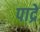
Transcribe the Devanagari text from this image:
पाद्रे